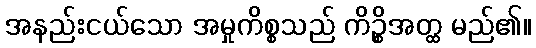
အနည်းငယ်သော အမှုကိစ္စသည် ကိဉ္စိအတ္ထ မည်၏။